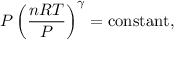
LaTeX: P \left( { \frac { n R T } { P } } \right) ^ { \gamma } = \operatorname { c o n s t a n t } ,